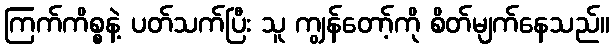
ကြက်ကိစ္စနဲ့ ပတ်သက်ပြီး သူ ကျွန်တော့်ကို စိတ်မျက်နေသည်။